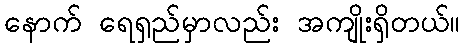
နောက် ရေရှည်မှာလည်း အကျိုးရှိတယ်။